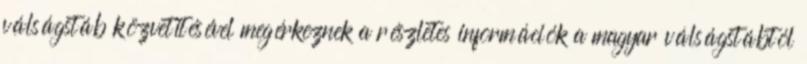
válságstáb közvetítésével megérkeznek a részletes információk a magyar válságstábtól